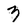
Character: n